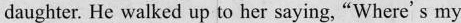
daughter. He walked up to her saying, "Where's my